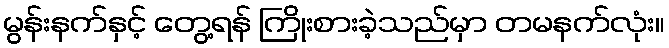
မွန်းနက်နှင့် တွေ့ရန် ကြိုးစားခဲ့သည်မှာ တမနက်လုံး။